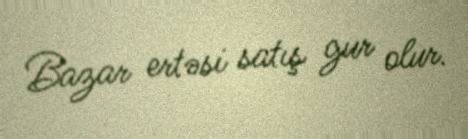
Bazar ertəsi satış gur olur.